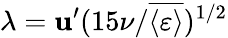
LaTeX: \lambda=\mathbf{u}^{\prime}(15\nu/\overline{{{\langle\varepsilon\rangle}}})^{1/2}